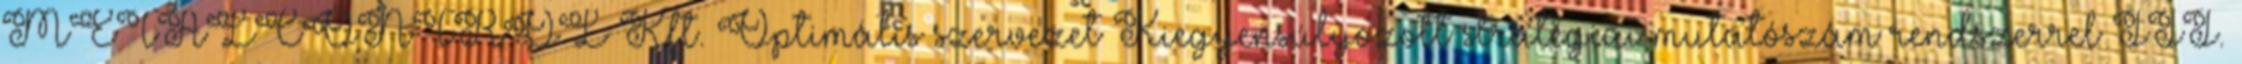
METALCONTROL Kft. Optimális szervezet Kiegyensúlyozott stratégiai mutatószám rendszerrel III.